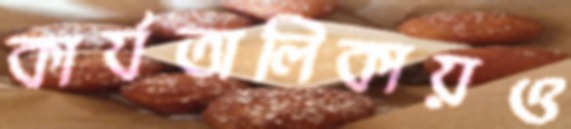
কার্যতালিকায়ও